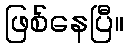
ဖြစ်နေပြီ။